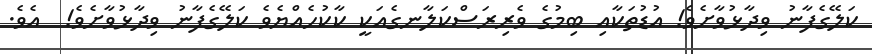
ކަލޭގެފާނު ވިދާޅުވާށެވެ! އުޑުތަކާއި ބިމުގެ ވެރިރަސްކަލާނގެއަކީ ކާކުހެއްޔެވެ ކަލޭގެފާނު ވިދާޅުވާށެވެ!  އެވެ.